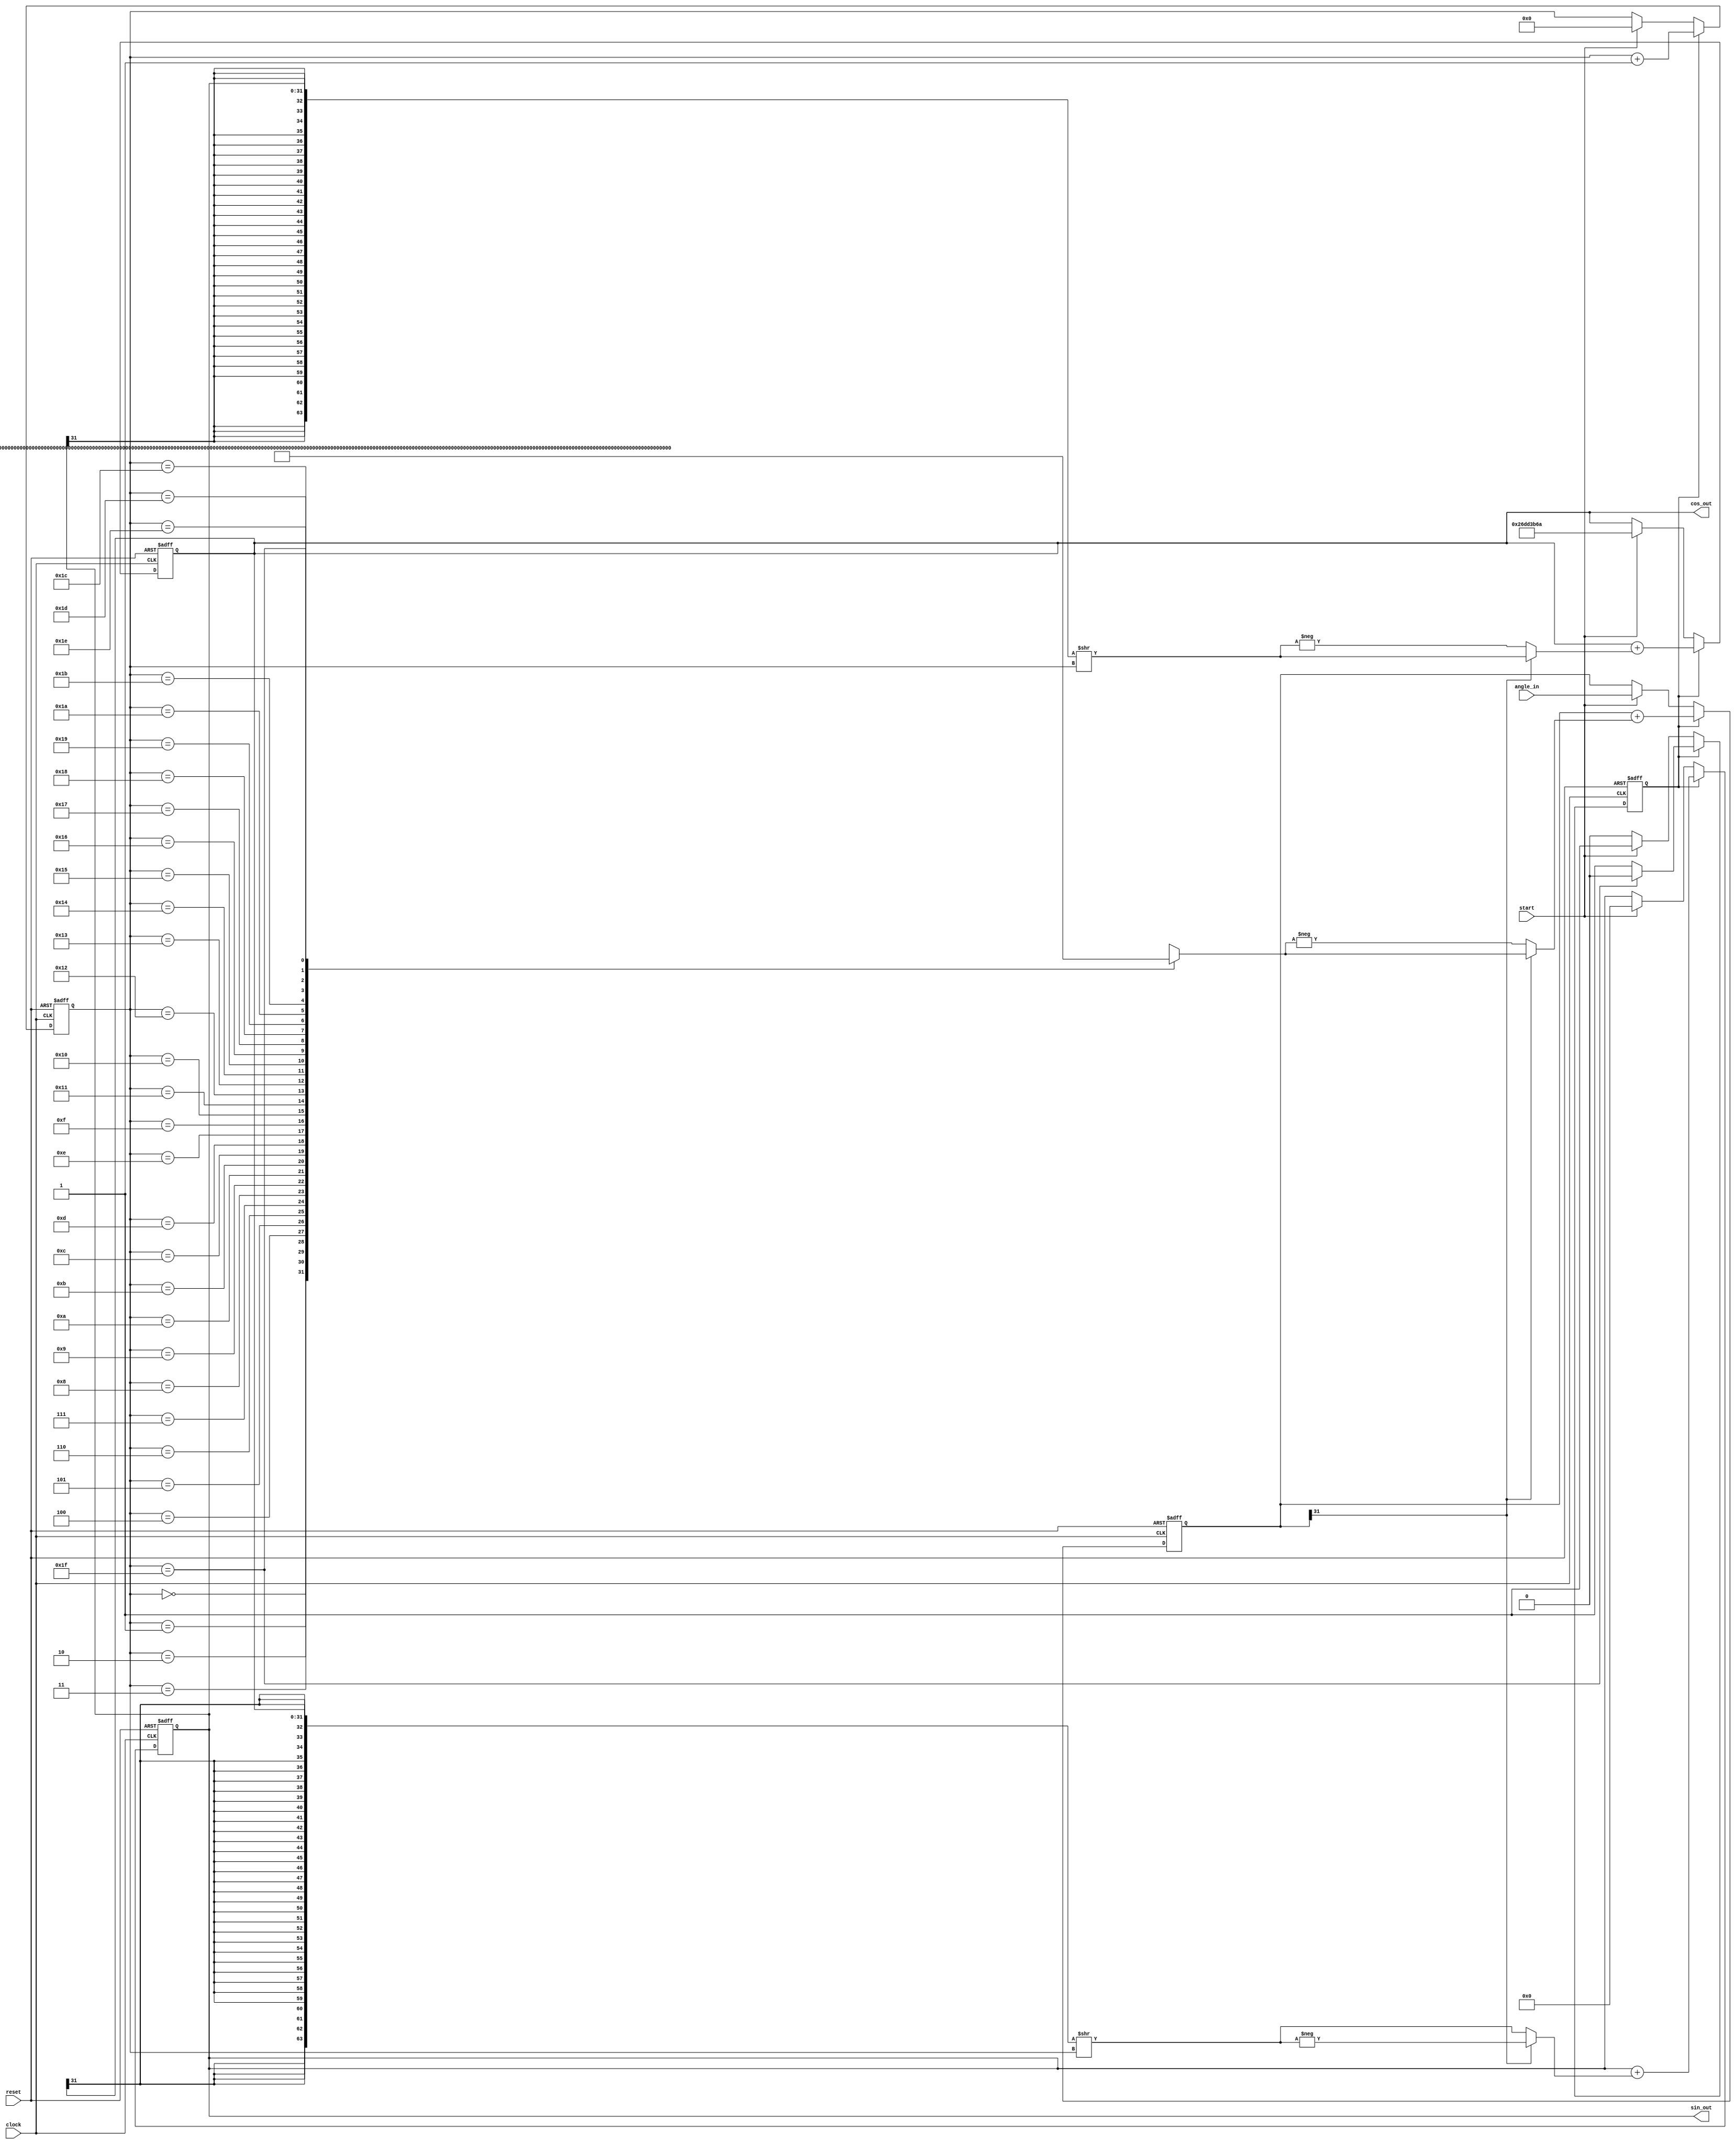
`timescale 1ns / 1ps
//////////////////////////////////////////////////////////////////////////////////
// Company: 
// Engineer: 
// 
// Design Name: 
// Module Name: cordic_func
// Project Name: 
// Target Devices: 
// Tool Versions: 
// Description: 
// 
// Dependencies: 
// 
// Revision:
// Revision 0.01 - File Created
// Additional Comments:
// 
//////////////////////////////////////////////////////////////////////////////////

`define K 32'h26dd3b6a  // = 0.6072529350088814

`define BETA_0  32'h3243f6a9  // = atan 2^0     = 0.7853981633974483
`define BETA_1  32'h1dac6705  // = atan 2^(-1)  = 0.4636476090008061
`define BETA_2  32'h0fadbafd  // = atan 2^(-2)  = 0.24497866312686414
`define BETA_3  32'h07f56ea7  // = atan 2^(-3)  = 0.12435499454676144
`define BETA_4  32'h03feab77  // = atan 2^(-4)  = 0.06241880999595735
`define BETA_5  32'h01ffd55c  // = atan 2^(-5)  = 0.031239833430268277
`define BETA_6  32'h00fffaab  // = atan 2^(-6)  = 0.015623728620476831
`define BETA_7  32'h007fff55  // = atan 2^(-7)  = 0.007812341060101111
`define BETA_8  32'h003fffeb  // = atan 2^(-8)  = 0.0039062301319669718
`define BETA_9  32'h001ffffd  // = atan 2^(-9)  = 0.0019531225164788188
`define BETA_10 32'h00100000  // = atan 2^(-10) = 0.0009765621895593195
`define BETA_11 32'h00080000  // = atan 2^(-11) = 0.0004882812111948983
`define BETA_12 32'h00040000  // = atan 2^(-12) = 0.00024414062014936177
`define BETA_13 32'h00020000  // = atan 2^(-13) = 0.00012207031189367021
`define BETA_14 32'h00010000  // = atan 2^(-14) = 6.103515617420877e-05
`define BETA_15 32'h00008000  // = atan 2^(-15) = 3.0517578115526096e-05
`define BETA_16 32'h00004000  // = atan 2^(-16) = 1.5258789061315762e-05
`define BETA_17 32'h00002000  // = atan 2^(-17) = 7.62939453110197e-06
`define BETA_18 32'h00001000  // = atan 2^(-18) = 3.814697265606496e-06
`define BETA_19 32'h00000800  // = atan 2^(-19) = 1.907348632810187e-06
`define BETA_20 32'h00000400  // = atan 2^(-20) = 9.536743164059608e-07
`define BETA_21 32'h00000200  // = atan 2^(-21) = 4.7683715820308884e-07
`define BETA_22 32'h00000100  // = atan 2^(-22) = 2.3841857910155797e-07
`define BETA_23 32'h00000080  // = atan 2^(-23) = 1.1920928955078068e-07
`define BETA_24 32'h00000040  // = atan 2^(-24) = 5.960464477539055e-08
`define BETA_25 32'h00000020  // = atan 2^(-25) = 2.9802322387695303e-08
`define BETA_26 32'h00000010  // = atan 2^(-26) = 1.4901161193847655e-08
`define BETA_27 32'h00000008  // = atan 2^(-27) = 7.450580596923828e-09
`define BETA_28 32'h00000004  // = atan 2^(-28) = 3.725290298461914e-09
`define BETA_29 32'h00000002  // = atan 2^(-29) = 1.862645149230957e-09
`define BETA_30 32'h00000001  // = atan 2^(-30) = 9.313225746154785e-10
`define BETA_31 32'h00000000  // = atan 2^(-31) = 4.656612873077393e-10

module cordic(
    clock,    // Master clock
    reset,    // Master asynchronous reset (active-high)
    start,    // An input signal that the user of this module should set to high when computation should begin
    angle_in, // Input angle
    cos_out,  // Output value for cosine of angle
    sin_out   // Output value for sine of angle
);

input clock;
input reset;
input start;
input [31:0] angle_in;
output [31:0] cos_out;
output [31:0] sin_out;

reg [31:0] cos;
reg [31:0] sin;
reg [31:0] angle;
reg [4:0] count;
reg state;

reg [31:0] cos_next;
reg [31:0] sin_next;
reg [31:0] angle_next;
reg [4:0] count_next;
reg state_next;

wire [31:0] cos_out = cos;
wire [31:0] sin_out = sin;

wire [31:0] cos_signbits = {32{cos[31]}};
wire [31:0] sin_signbits = {32{sin[31]}};
wire [31:0] cos_shr = {cos_signbits, cos} >> count;
wire [31:0] sin_shr = {sin_signbits, sin} >> count;

wire direction_negative = angle[31];

wire [31:0] beta_lut [0:31];
wire [31:0] beta = beta_lut[count];

assign beta_lut[0] = `BETA_0;
assign beta_lut[1] = `BETA_1;
assign beta_lut[2] = `BETA_2;
assign beta_lut[3] = `BETA_3;
assign beta_lut[4] = `BETA_4;
assign beta_lut[5] = `BETA_5;
assign beta_lut[6] = `BETA_6;
assign beta_lut[7] = `BETA_7;
assign beta_lut[8] = `BETA_8;
assign beta_lut[9] = `BETA_9;
assign beta_lut[10] = `BETA_10;
assign beta_lut[11] = `BETA_11;
assign beta_lut[12] = `BETA_12;
assign beta_lut[13] = `BETA_13;
assign beta_lut[14] = `BETA_14;
assign beta_lut[15] = `BETA_15;
assign beta_lut[16] = `BETA_16;
assign beta_lut[17] = `BETA_17;
assign beta_lut[18] = `BETA_18;
assign beta_lut[19] = `BETA_19;
assign beta_lut[20] = `BETA_20;
assign beta_lut[21] = `BETA_21;
assign beta_lut[22] = `BETA_22;
assign beta_lut[23] = `BETA_23;
assign beta_lut[24] = `BETA_24;
assign beta_lut[25] = `BETA_25;
assign beta_lut[26] = `BETA_26;
assign beta_lut[27] = `BETA_27;
assign beta_lut[28] = `BETA_28;
assign beta_lut[29] = `BETA_29;
assign beta_lut[30] = `BETA_30;
assign beta_lut[31] = `BETA_31;

always @(posedge clock or posedge reset) begin
    if (reset) begin
        cos <= 0;
        sin <= 0;
        angle <= 0;
        count <= 0;
        state <= 0;
    end else begin
        cos <= cos_next;
        sin <= sin_next;
        angle <= angle_next;
        count <= count_next;
        state <= state_next;
    end
end

always @* begin
    // Set all logic regs to a value to prevent any of them holding the value
    // from last tick and hence being misinterpreted as hardware registers.
    cos_next = cos;
    sin_next = sin;
    angle_next = angle;
    count_next = count;
    state_next = state;
    
    if (state) begin
        // Compute mode.
        cos_next = cos + (direction_negative ? sin_shr : -sin_shr);
        sin_next = sin + (direction_negative ? -cos_shr : cos_shr);
        angle_next = angle + (direction_negative ? beta : -beta);
        count_next = count + 1;
        
        if (count == 31) begin
            // If this is the last iteration, go back to the idle state.
            state_next = 0;
        end
    end
    
    else begin
        // Idle mode.
        if (start) begin
            cos_next = `K;         // Set up initial value for cos.
            sin_next = 0;          // Set up initial value for sin.
            angle_next = angle_in; // Latch input angle into the angle register.
            count_next = 0;        // Set up counter.
            state_next = 1;        // Go to compute mode.
        end
    end
end

endmodule